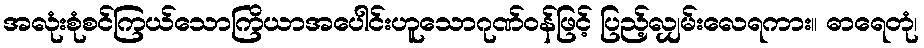
အလုံးစုံစင်ကြယ်သောကြိယာအပေါင်းဟူသောဂုဏ်ဝန်ဖြင့် ပြည့်လျှမ်းလေရကား။ ဓာရေတုံ၊